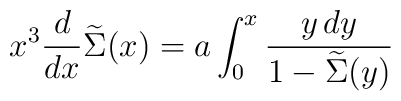
x^3{d\over dx}\widetilde\Sigma(x)=a\int_0^x{y\,dy\over1-\widetilde\Sigma(y)}